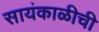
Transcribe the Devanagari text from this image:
सायंकाळीची